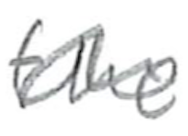
Text: the
Cross-out: wave
Writing tool: pencil